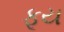
ફૂય